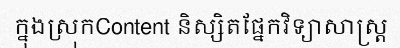
ក្នុងស្រុកContent និស្សិតផ្នែកវិទ្យាសាស្ត្រ